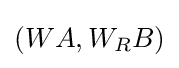
(WA,W_{R}B)